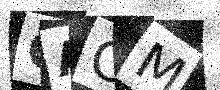
Text: CAOM